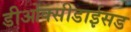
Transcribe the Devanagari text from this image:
डीओक्सीडाईसड